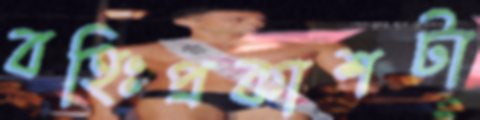
বহিঃপ্রকাশটা